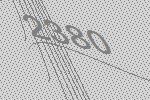
2380